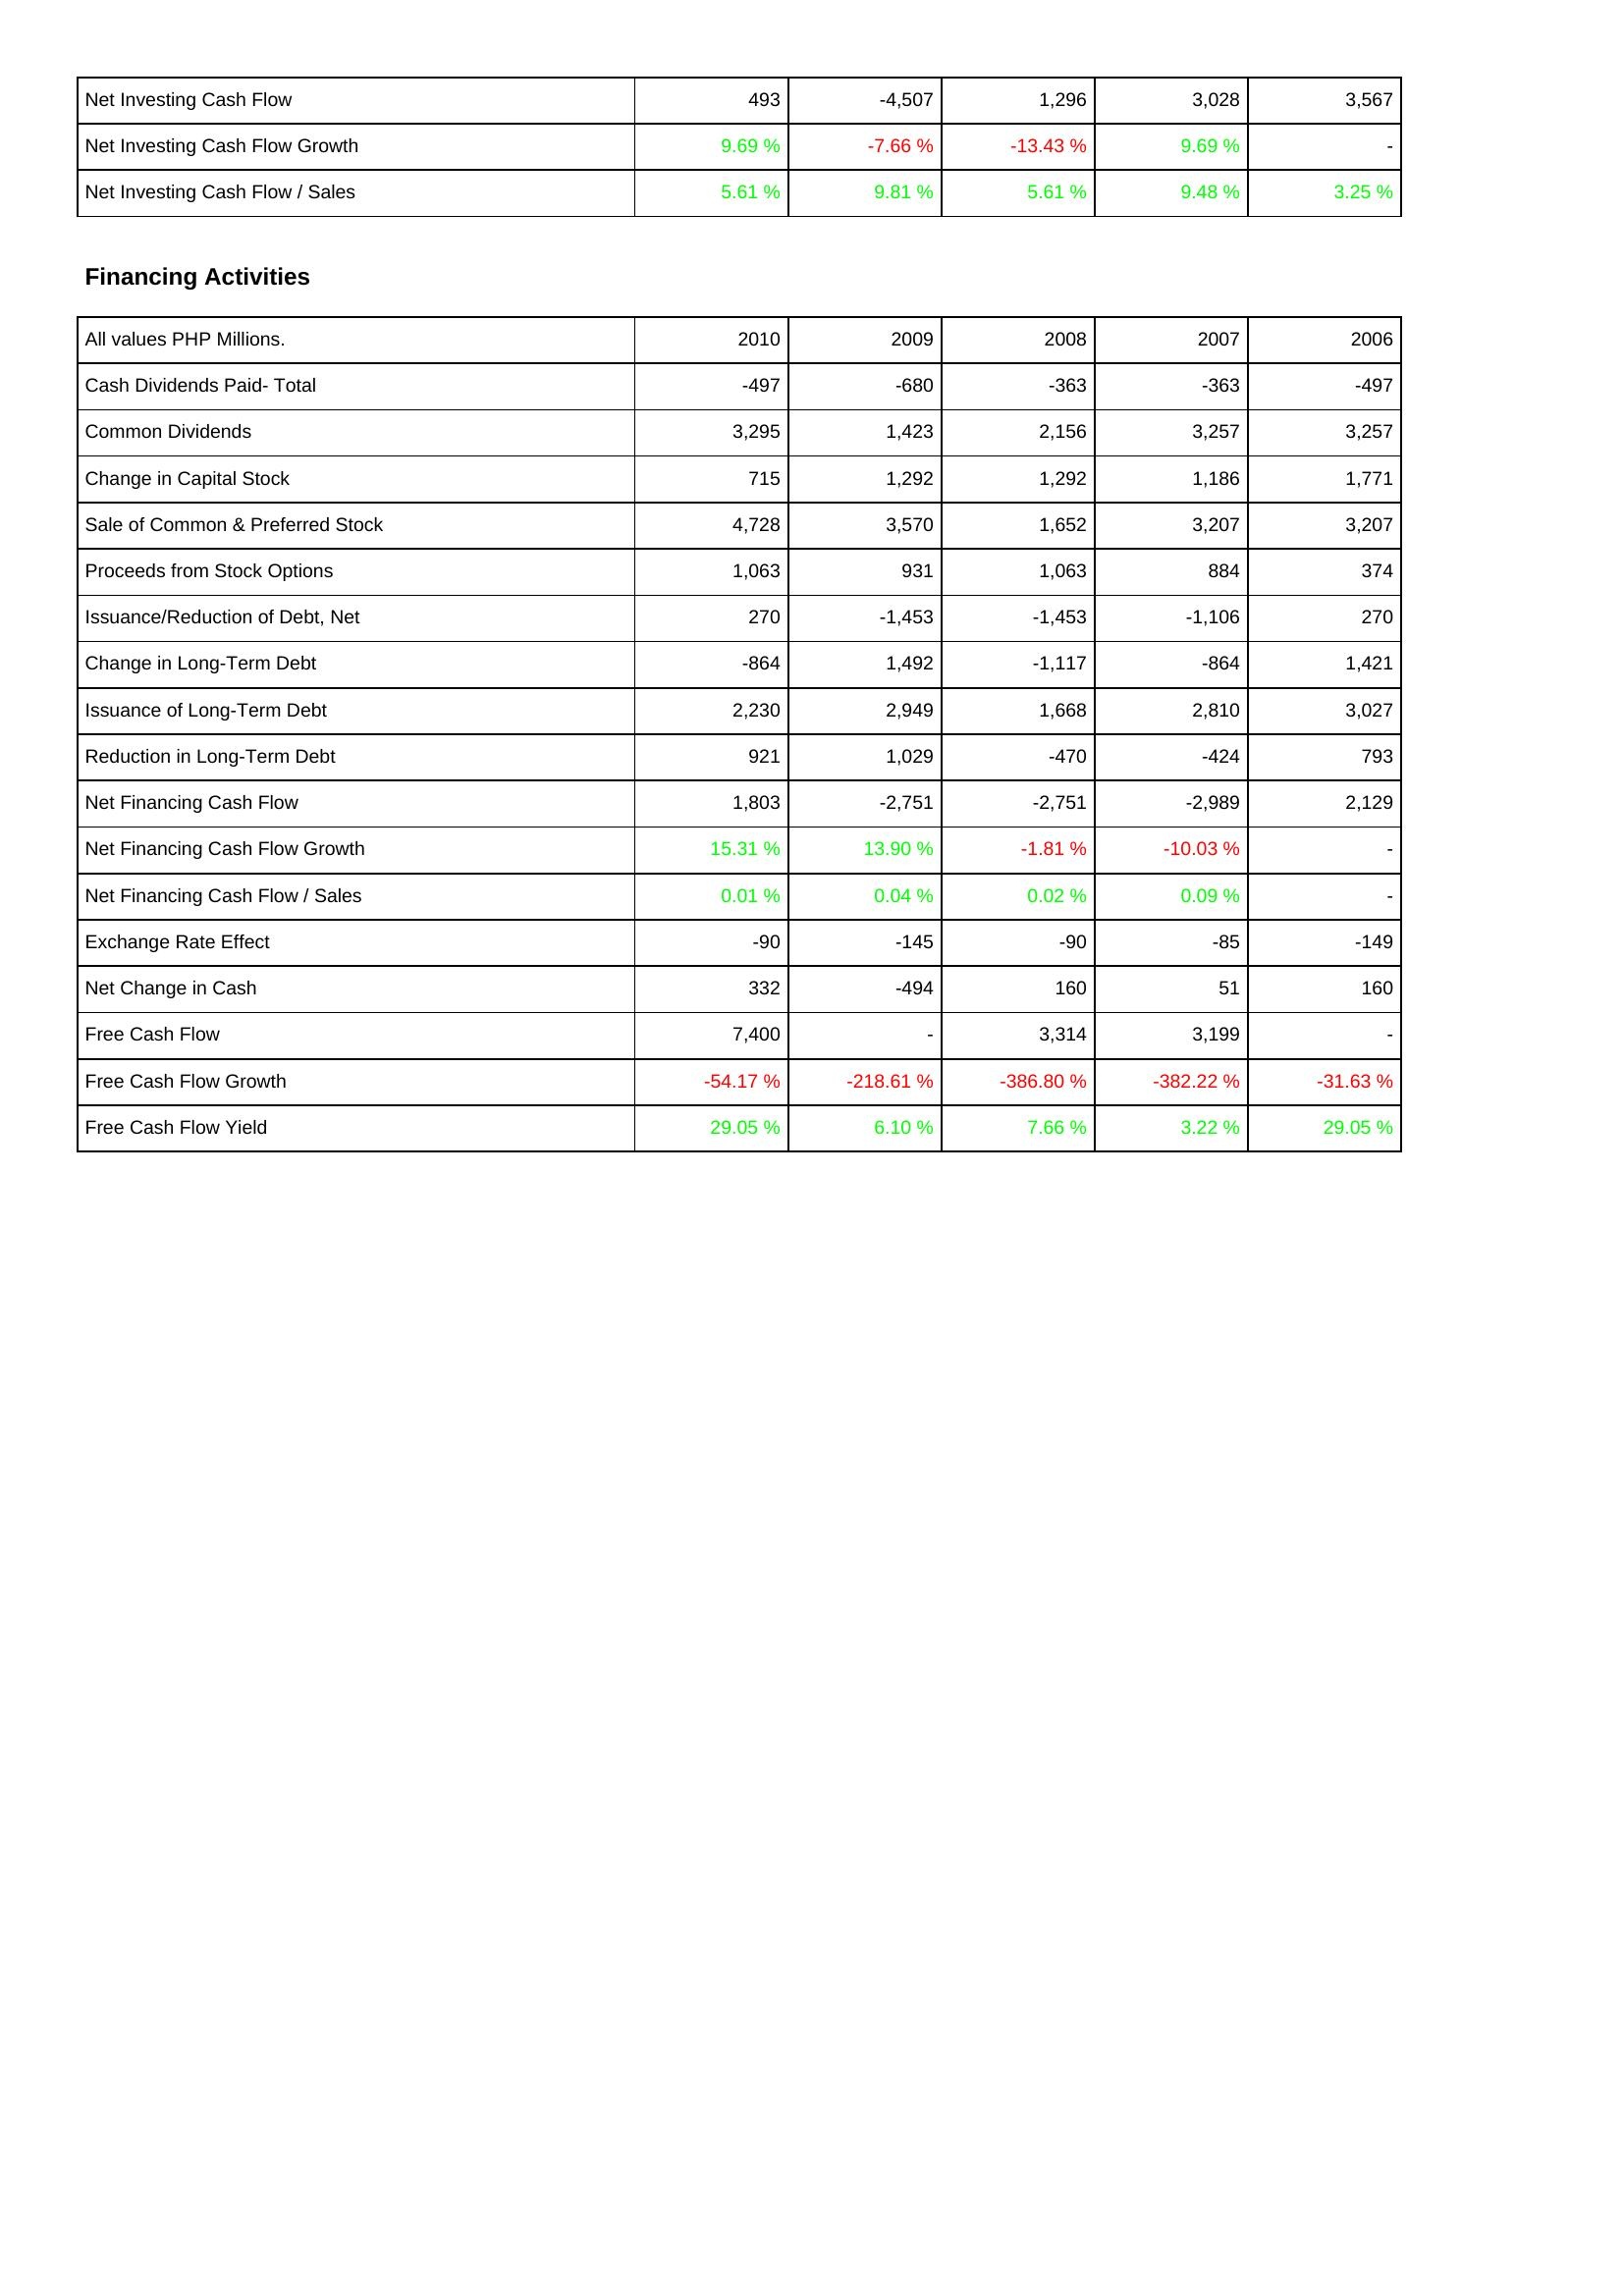
2010: Investing Activities: Net Investing Cash Flow: 493
Net Investing Cash Flow Growth: 9.69 %
Net Investing Cash Flow / Sales: 5.61 %
Financing Activities: Cash Dividends Paid- Total: -497
Common Dividends: 3,295
Change in Capital Stock: 715
Sale of Common & Preferred Stock: 4,728
Proceeds from Stock Options: 1,063
Issuance/Reduction of Debt, Net: 270
Change in Long-Term Debt: -864
Issuance of Long-Term Debt: 2,230
Reduction in Long-Term Debt: 921
Net Financing Cash Flow: 1,803
Net Financing Cash Flow Growth: 15.31 %
Net Financing Cash Flow / Sales: 0.01 %
Exchange Rate Effect: -90
Net Change in Cash: 332
Free Cash Flow: 7,400
Free Cash Flow Growth: -54.17 %
Free Cash Flow Yield: 29.05 %
2009: Investing Activities: Net Investing Cash Flow: -4,507
Net Investing Cash Flow Growth: -7.66 %
Net Investing Cash Flow / Sales: 9.81 %
Financing Activities: Cash Dividends Paid- Total: -680
Common Dividends: 1,423
Change in Capital Stock: 1,292
Sale of Common & Preferred Stock: 3,570
Proceeds from Stock Options: 931
Issuance/Reduction of Debt, Net: -1,453
Change in Long-Term Debt: 1,492
Issuance of Long-Term Debt: 2,949
Reduction in Long-Term Debt: 1,029
Net Financing Cash Flow: -2,751
Net Financing Cash Flow Growth: 13.90 %
Net Financing Cash Flow / Sales: 0.04 %
Exchange Rate Effect: -145
Net Change in Cash: -494
Free Cash Flow: -
Free Cash Flow Growth: -218.61 %
Free Cash Flow Yield: 6.10 %
2008: Investing Activities: Net Investing Cash Flow: 1,296
Net Investing Cash Flow Growth: -13.43 %
Net Investing Cash Flow / Sales: 5.61 %
Financing Activities: Cash Dividends Paid- Total: -363
Common Dividends: 2,156
Change in Capital Stock: 1,292
Sale of Common & Preferred Stock: 1,652
Proceeds from Stock Options: 1,063
Issuance/Reduction of Debt, Net: -1,453
Change in Long-Term Debt: -1,117
Issuance of Long-Term Debt: 1,668
Reduction in Long-Term Debt: -470
Net Financing Cash Flow: -2,751
Net Financing Cash Flow Growth: -1.81 %
Net Financing Cash Flow / Sales: 0.02 %
Exchange Rate Effect: -90
Net Change in Cash: 160
Free Cash Flow: 3,314
Free Cash Flow Growth: -386.80 %
Free Cash Flow Yield: 7.66 %
2007: Investing Activities: Net Investing Cash Flow: 3,028
Net Investing Cash Flow Growth: 9.69 %
Net Investing Cash Flow / Sales: 9.48 %
Financing Activities: Cash Dividends Paid- Total: -363
Common Dividends: 3,257
Change in Capital Stock: 1,186
Sale of Common & Preferred Stock: 3,207
Proceeds from Stock Options: 884
Issuance/Reduction of Debt, Net: -1,106
Change in Long-Term Debt: -864
Issuance of Long-Term Debt: 2,810
Reduction in Long-Term Debt: -424
Net Financing Cash Flow: -2,989
Net Financing Cash Flow Growth: -10.03 %
Net Financing Cash Flow / Sales: 0.09 %
Exchange Rate Effect: -85
Net Change in Cash: 51
Free Cash Flow: 3,199
Free Cash Flow Growth: -382.22 %
Free Cash Flow Yield: 3.22 %
2006: Investing Activities: Net Investing Cash Flow: 3,567
Net Investing Cash Flow Growth: -
Net Investing Cash Flow / Sales: 3.25 %
Financing Activities: Cash Dividends Paid- Total: -497
Common Dividends: 3,257
Change in Capital Stock: 1,771
Sale of Common & Preferred Stock: 3,207
Proceeds from Stock Options: 374
Issuance/Reduction of Debt, Net: 270
Change in Long-Term Debt: 1,421
Issuance of Long-Term Debt: 3,027
Reduction in Long-Term Debt: 793
Net Financing Cash Flow: 2,129
Net Financing Cash Flow Growth: -
Net Financing Cash Flow / Sales: -
Exchange Rate Effect: -149
Net Change in Cash: 160
Free Cash Flow: -
Free Cash Flow Growth: -31.63 %
Free Cash Flow Yield: 29.05 %